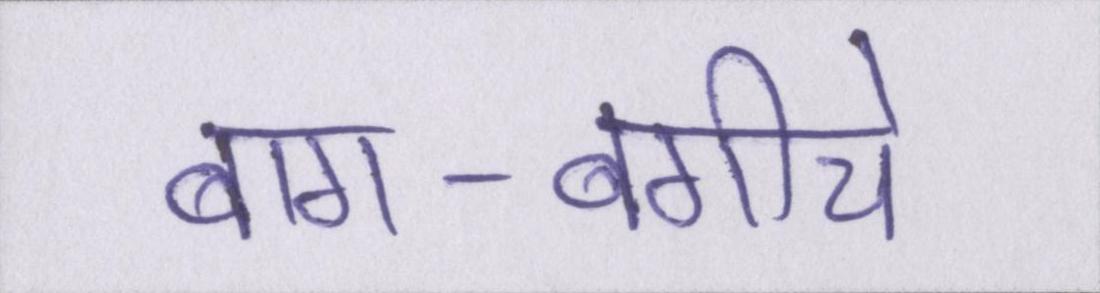
बाग-बगीचे